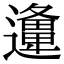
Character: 𨘡